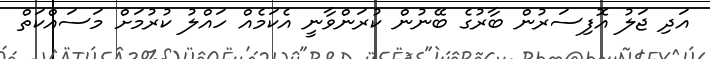
އަދި ޖަލު އޮފިސަރުން ބާރުގެ ބޭނުން ކުރަންވާނީ އެކަމެއް ހައްލު ކުރުމަށް މަސައްކަތް